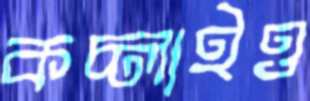
কচ্‌লাইও